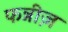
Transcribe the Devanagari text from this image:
फन्नीज़